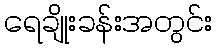
ရေချိုးခန်းအတွင်း